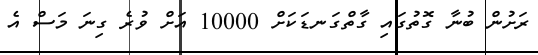
ރަށުން ބުނާ ގޮތުގައި ގާތްގަނޑަކަށް 10000 އަށް ވުރެ ގިނަ މަސް އެ